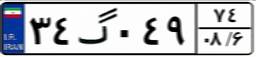
۹۵گ۴۷۱۸۸